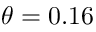
\theta = 0 . 1 6